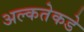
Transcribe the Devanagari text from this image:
अल्कतेकडे